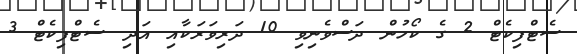
ސެޓްފިކެޓް 2 ގެ ކޯހުން ދަސްވެނިވި 10 ދަރިވަރަކާއި އަދި ސެޓްފިކެޓް 3